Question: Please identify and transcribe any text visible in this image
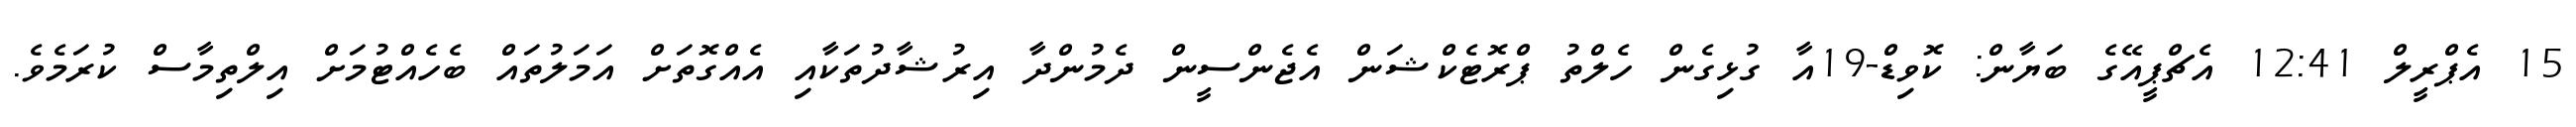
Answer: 15 އެޕްރީލް 12:41 އެޗްޕީއޭގެ ބަޔާން: ކޮވިޑް-19އާ ގުޅިގެން ހެލްތު ޕްރޮޓެކްޝަން އެޖެންސީން ދެމުންދާ އިރުޝާދުތަކާއި އެއްގޮތަށް އަމަލުތައް ބެހެއްޓުމަށް އިލްތިމާސް ކުރަމެވެ.